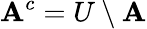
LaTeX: \mathbf{A}^{c}=U\setminus\mathbf{A}